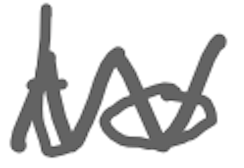
Text: to
Cross-out: zig-zag
Writing tool: digital_gray